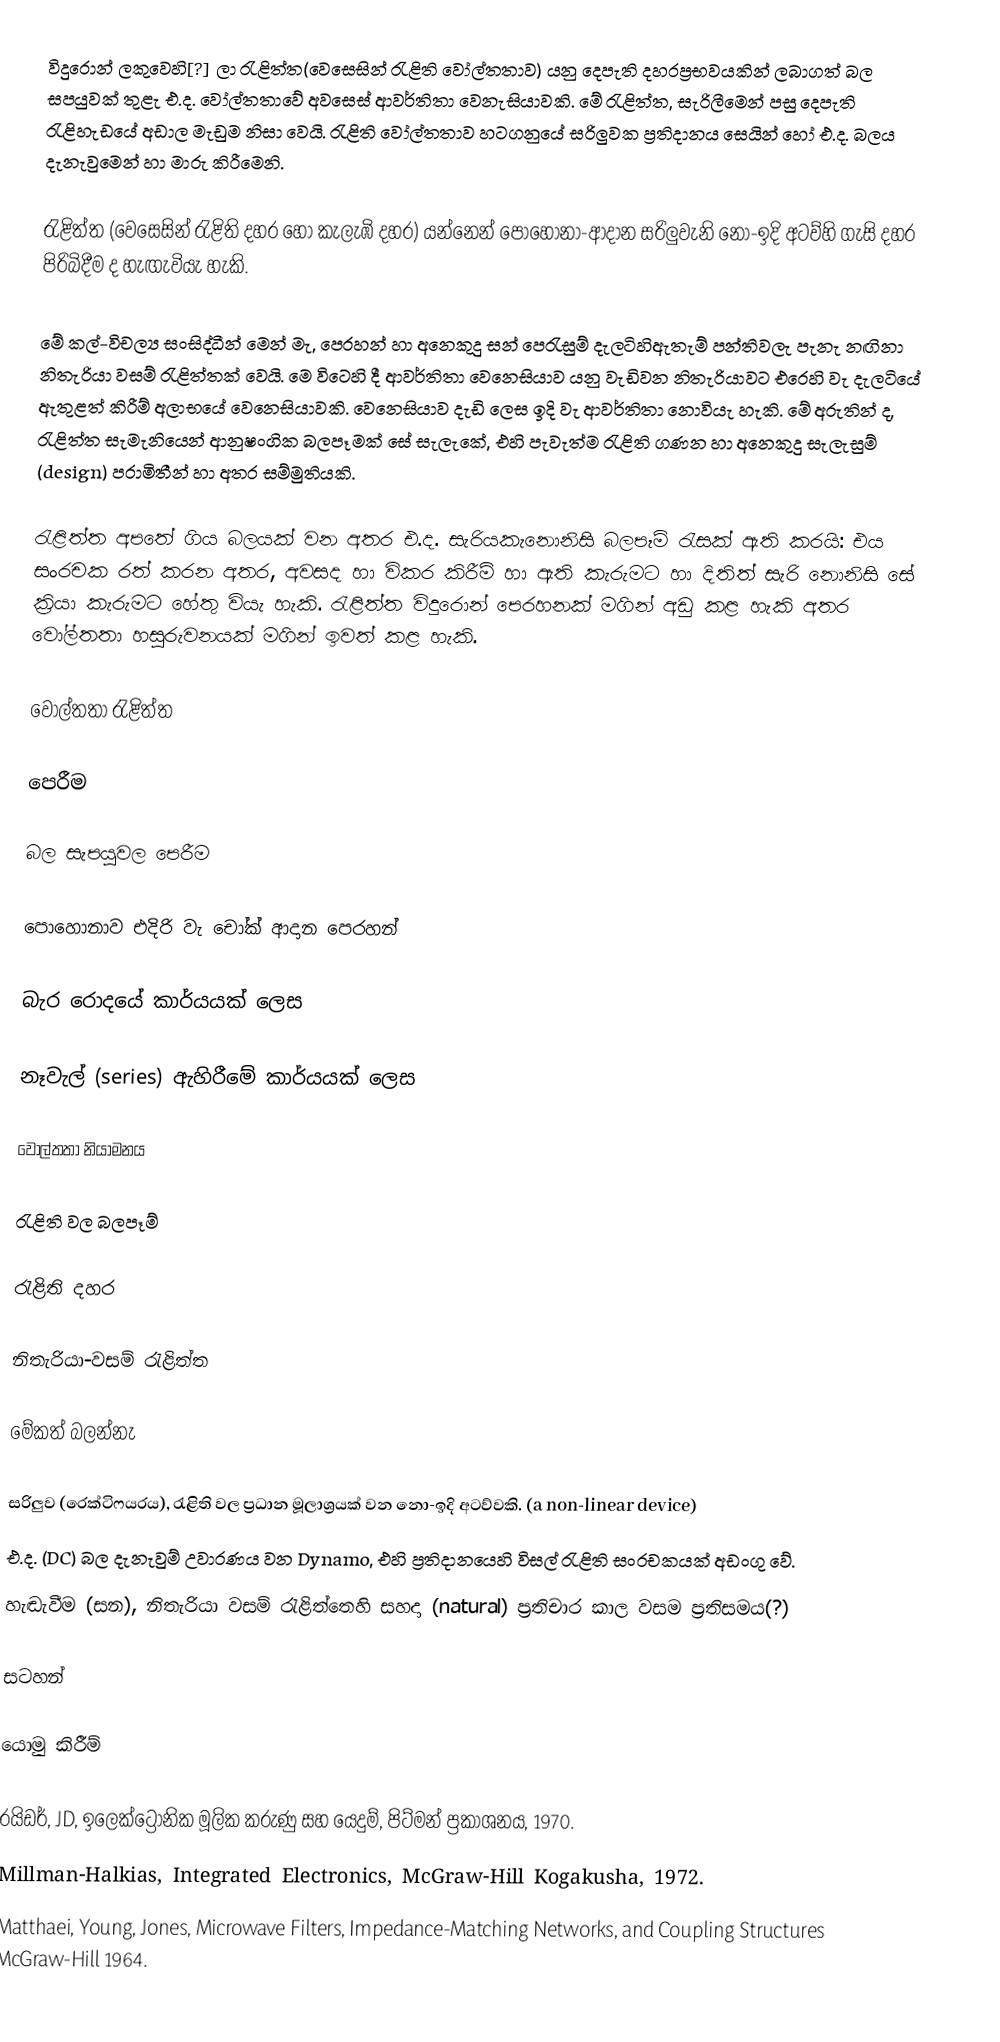
විදුරොන් ලකුවෙහි[?] ලා රැළිත්ත(වෙසෙසින් රැළිති වෝල්තතාව) යනු දෙපැති දහරප්‍රභවයකින් ලබාගත් බල සපයුවක් තුළැ එ.ද. වෝල්තතාවේ අවසෙස් ආවර්තිතා වෙනැසියාවකි. මේ රැළිත්ත, සැරිලීමෙන් පසු දෙපැති රැළිහැඩයේ අඩාල මැඩුම නිසා වෙයි. රැළිති වෝල්තතාව හටගනුයේ සරිලුවක ප්‍රතිදානය සෙයින් හෝ එ.ද. බලය දැනැවුමෙන් හා මාරු කිරීමෙනි.

රැළිත්ත (වෙසෙසින් රැළිති දහර හෝ කැලැඹි දහර) යන්නෙන් පොහොනා-ආදාන සරිලුවැනි නො-ඉදි අටව්හි ගැසි දහර පිරිබිදීම ද හැඟැවියැ හැකි.

මේ කල්-විචල්‍ය සංසිද්ධීන් මෙන් මැ, පෙරහන් හා අනෙකුදු සන් පෙරැසුම් දැලටිහිඇතැම් පන්තිවලැ පැනැ නඟිනා නිතැරියා වසම් රැළිත්තක් වෙයි. මෙ විටෙහි දී ආවර්තිතා වෙනෙසියාව යනු වැඩිවන නිතැරියාවට එරෙහි වැ දැලටියේ ඇතුළත් කිරීම් අලාභයේ වෙනෙසියාවකි. වෙනෙසියාව දැඩි ලෙස ඉදි වැ ආවර්තිතා නොවියැ හැකි. මේ අරුතින් ද, රැළිත්ත සැමැනියෙන් ආනුෂංගික බලපෑමක් සේ සැලැකේ, එහි පැවැත්ම රැළිති ගණන හා අනෙකුදු සැලැසුම් (design) පරාමිතීන් හා අතර සම්මුතියකි.

රැළිත්ත අපතේ ගිය බලයක් වන අතර එ.ද. සැරියකැනොනිසි බලපෑම් රැසක් ඇති කරයි: එය සංරචක රත් කරන අතර, අවසද හා විකර කිරීම් හා ඇති කැරුමට හා දිතිත් සැරි නොනිසි සේ ක්‍රියා කැරුමට හේතු වියැ හැකි. රැළිත්ත විදුරොන් පෙරහනක් මගින් අඩු කළ හැකි අතර වෝල්තතා හසුරුවනයක් මගින් ඉවත් කළ හැකි.

වෝල්තතා රැළිත්ත

පෙරීම

බල සැපයුවල පෙරීම

පොහොනාව එදිරි වැ චෝක් ආදාන පෙරහන්

බැර රොදයේ කාර්යයක් ලෙස

නෑවැල් (series) ඇහිරීමේ කාර්යයක් ලෙස

වෝල්තතා නියාමනය

රැළිති වල බලපෑම්

රැළිති දහර

නිතැරියා-වසම් රැළිත්ත

මේකත් බලන්නැ

 සරිලුව (රෙක්ටිෆයරය), රැළිති වල ප්‍රධාන මූලාශ්‍රයක් වන නො-ඉදි අටව්වකි. (a non-linear device)
 එ.ද. (DC) බල දැනැවුම් උවාරණය වන Dynamo, එහි ප්‍රතිදානයෙහි විසල් රැළිති සංරචකයක් අඩංගු වේ.
 හැඬැවීම (සන), නිතැරියා වසම් රැළිත්තෙහි සහදා (natural) ප්‍රතිචාර කාල වසම ප්‍රතිසමය(?)

සටහන්

යොමු කිරීම්

 රයිඩර්, JD, ඉලෙක්ට්‍රොනික මූලික කරුණු සහ යෙදුම්, පිට්මන් ප්‍රකාශනය, 1970.
 Millman-Halkias, Integrated Electronics, McGraw-Hill Kogakusha, 1972.
 Matthaei, Young, Jones, Microwave Filters, Impedance-Matching Networks, and Coupling Structures McGraw-Hill 1964.